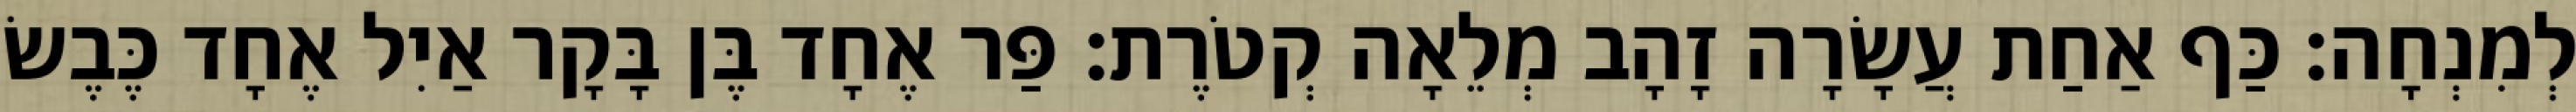
לְמִנְחָה׃ כַּף אַחַת עֲשָׂרָה זָהָב מְלֵאָה קְטֹרֶת׃ פַּר אֶחָד בֶּן בָּקָר אַיִל אֶחָד כֶּבֶשׂ